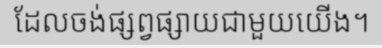
ដែលចង់ផ្សព្វផ្សាយជាមួយយើង។